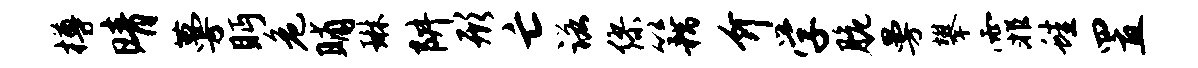
樽晴蔓眄危晡琳阱形亡诺缪籍介学脆曼攀霏蛙置